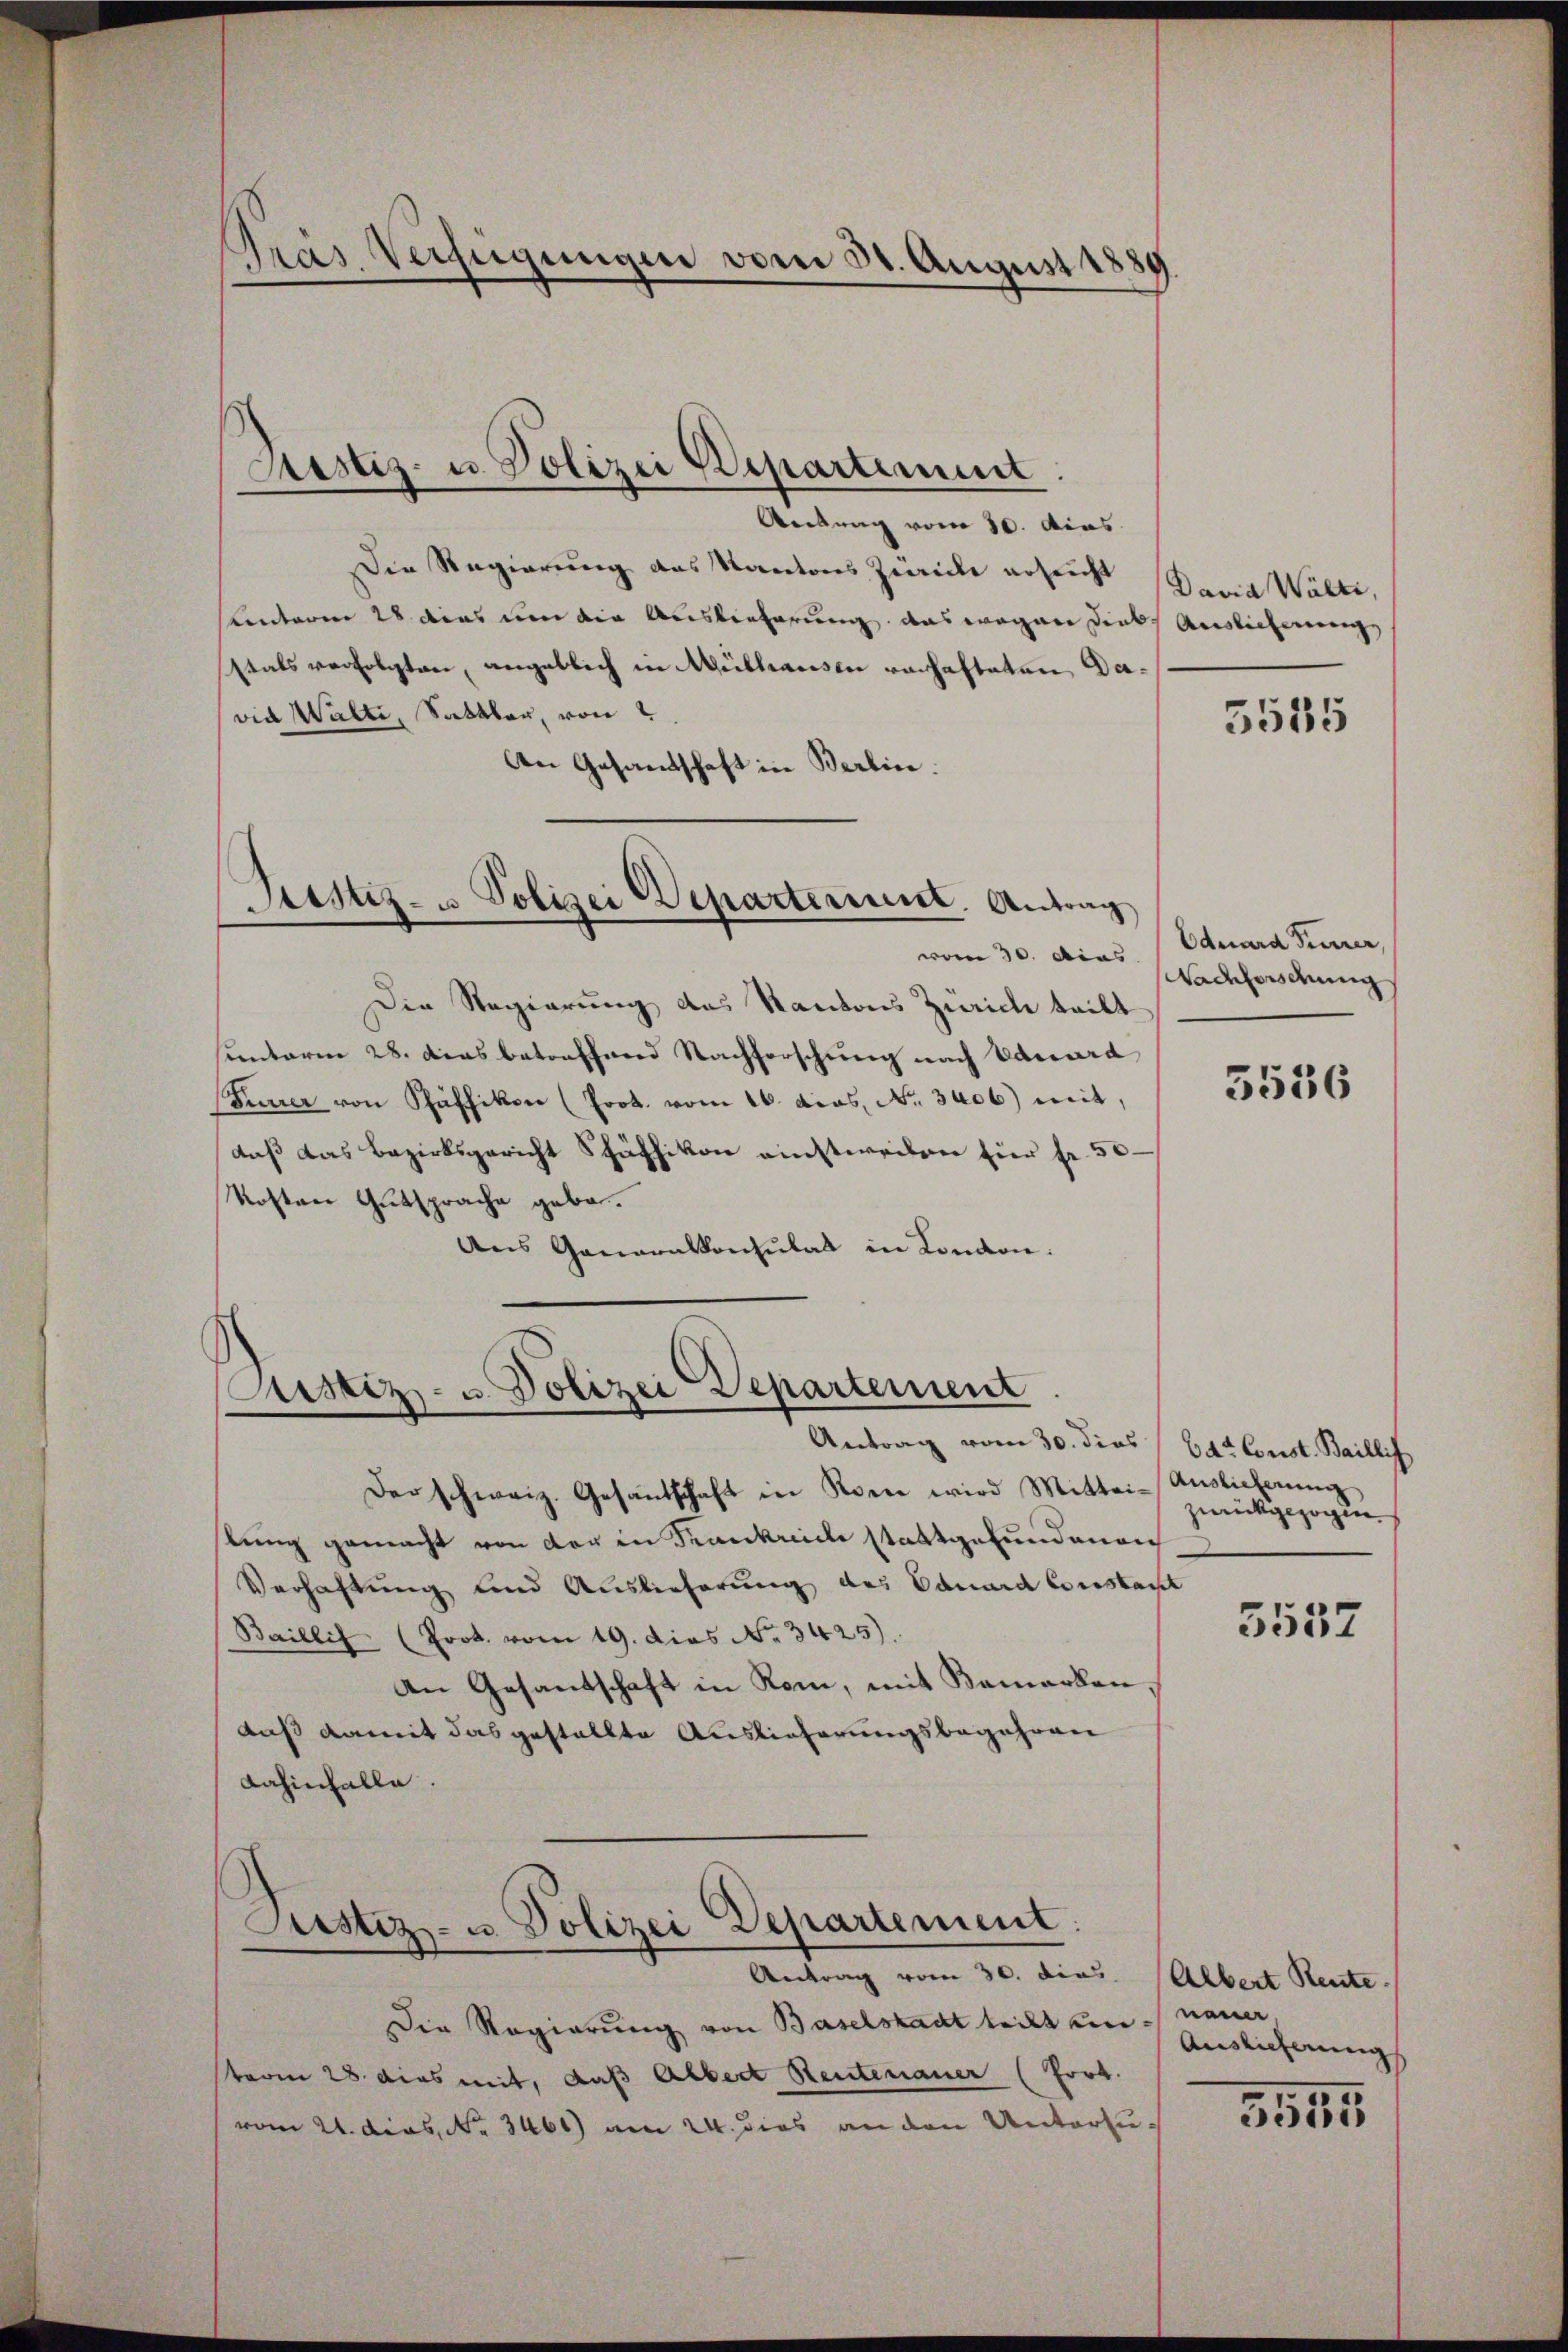
Gras Verfügungen vom 30. August 1889.

Antrag vom 10. dies
Die Regierung das Kantons Zürich ersucht David Walte,
uinterm 28 dies um die Auslieferung das wegen diese Auslieferung
stals verfolgten, angeblich in Mülhausen verhafteten David Walli, Sattler, von
An Gesandtschaft in Berlin.
Justiz- u Polizei Departerint. Antrag
vom 30. Das Eduard Pierren,
Die Regierung des Kantons Zürich teilt
sunterm 28. Das betreffend Nachforschung nach Eduara
Furrer von Pfäffikon (Prot. vom 16. dcos. No. 3406) mit,
daß das Bezirksgericht Schäffikon einstweilen für fr. 50
Kosten Gutsprache gebe.
Aus Generalkonsulat in Kanton.

Sistiz- u. Polizei Departement

Ristiz- u. Polizei Departement
Antrag vom 30. dies bat Const. Baillif

Der schweiz. Gesantschaft in Rom wird Mittei- Auslieferŭng
lung gemacht von der in Krankreiche stattgefundenen
Verhaftung und Auslieferung der Bauard Conskart
Baillis (Prot. vom 19. dies No. 3425).
An Gesantschaft in Rom, mit Kamarken,
daß damit das gestellte Auslieferungsbegehren
dahinfalle.

Justiz- u. Polizei Departement
Antrag vom 30. dies. (Albert Rente.

5535

Nadelordnung

3536

zurückgezogen.

Die Regierung von Baselstadt teilt uns neuer
sterm 28 dies mit, daß Albert Heutenauer (fort.
vom 21. dies, No 3461) am 24. dies an den Unterzu¬

5537

Auslicherung
3555